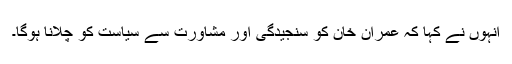
انہوں نے کہا کہ عمران خان کو سنجیدگی اور مشاورت سے سیاست کو چلانا ہوگا۔